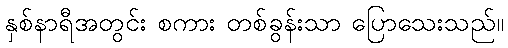
နှစ်နာရီအတွင်း စကား တစ်ခွန်းသာ ပြောသေးသည်။